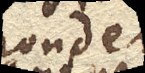
pondere